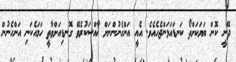
ދޭނީ ކޮން ބަޔަކަށްތޯ ކަނޑައަޅަންޖެހެއެވެ. އެއީ އަންހެނުންނަށް ޚާއްސަކުރެވޭ ގޮނޑިއަށްވާތީ ހަމައެކަނި އަންހެނުން